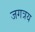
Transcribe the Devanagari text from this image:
जगत्रय